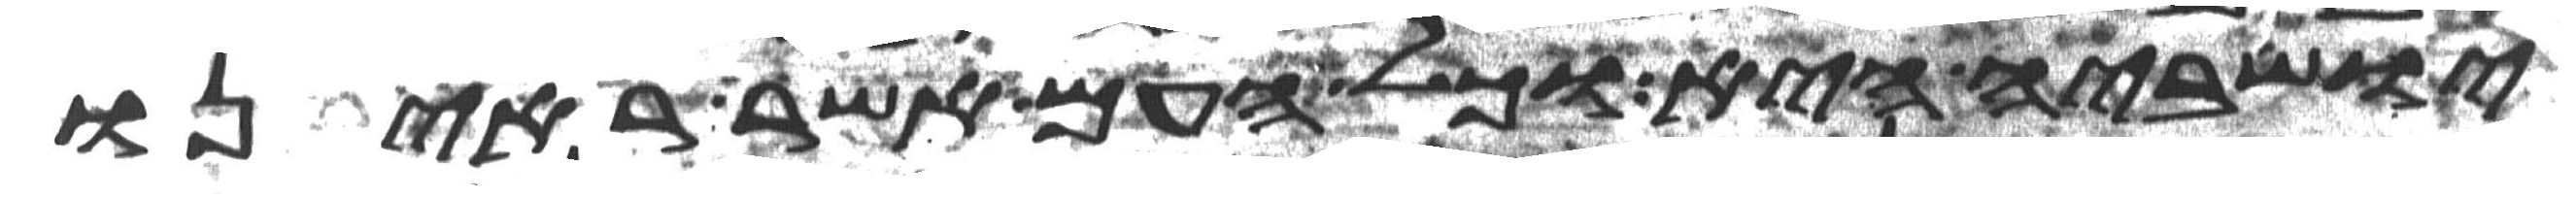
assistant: ישביה היא וכל העם אשר ראינו